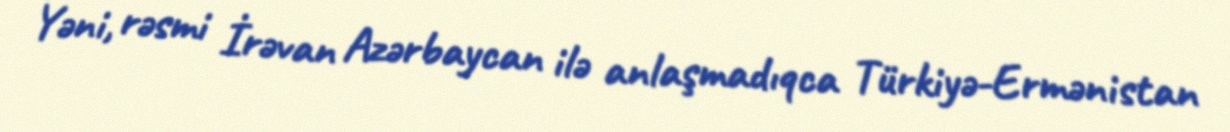
Yəni, rəsmi İrəvan Azərbaycan ilə anlaşmadıqca Türkiyə-Ermənistan